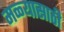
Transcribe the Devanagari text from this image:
मळ्यासाठी